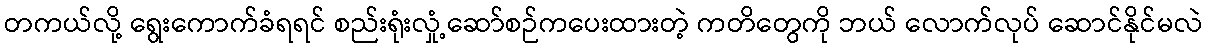
တကယ်လို့ ရွေးကောက်ခံရရင် စည်းရုံးလှုံ့ဆော်စဉ်ကပေးထားတဲ့ ကတိတွေကို ဘယ် လောက်လုပ် ဆောင်နိုင်မလဲ